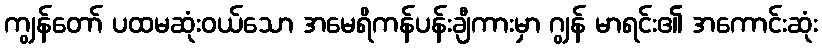
ကျွန်တော် ပထမဆုံးဝယ်သော အမေရိကန်ပန်းချီကားမှာ ဂျွန် မာရင်း၏ အကောင်းဆုံး